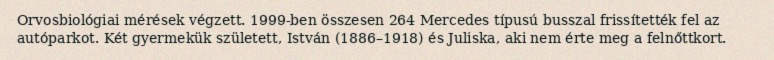
Orvosbiológiai mérések végzett. 1999-ben összesen 264 Mercedes típusú busszal frissítették fel az autóparkot. Két gyermekük született, István (1886–1918) és Juliska, aki nem érte meg a felnőttkort.